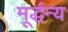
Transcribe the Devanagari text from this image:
मूर्द्धन्य